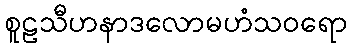
စူဠသီဟနာဒလောမဟံသဝရော